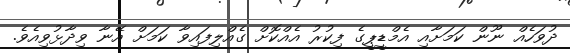
ދުވަހެއް ނޫން ކަމަށާއި އެމްޑީޕީގެ ފިކުރު އެއްކޮށް ގެއްލިފައިވާ ކަމަށް އޭނާ ވިދާޅުވިއެވެ.